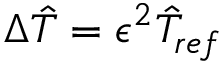
\Delta \hat { T } = \epsilon ^ { 2 } \hat { T } _ { r e f }